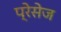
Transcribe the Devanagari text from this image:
प्रेसेज